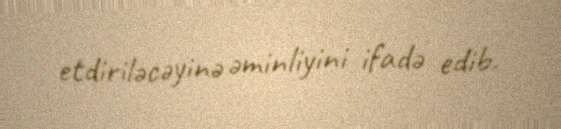
etdiriləcəyinə əminliyini ifadə edib.